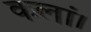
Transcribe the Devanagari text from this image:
कलां।